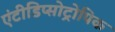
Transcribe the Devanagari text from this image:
एंटीडिप्सोट्रोपिक